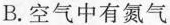
B.空气中有氮气